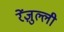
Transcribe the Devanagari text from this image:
रेंज़ुल्ली